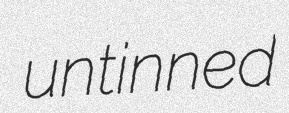
untinned